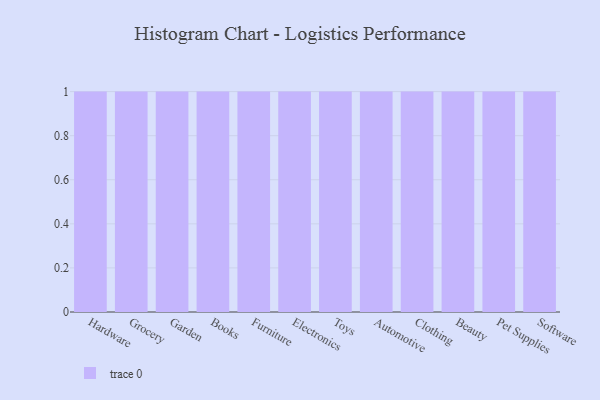
{"axis": {"x": "Category", "y": "Conversion Rate (%)"}, "legend": [""], "data": [{"x": "Hardware", "y": 7, "type": ""}, {"x": "Grocery", "y": 24, "type": ""}, {"x": "Garden", "y": 67, "type": ""}, {"x": "Books", "y": 96, "type": ""}, {"x": "Furniture", "y": 57, "type": ""}, {"x": "Electronics", "y": 91, "type": ""}, {"x": "Toys", "y": 43, "type": ""}, {"x": "Automotive", "y": 53, "type": ""}, {"x": "Clothing", "y": 40, "type": ""}, {"x": "Beauty", "y": 66, "type": ""}, {"x": "Pet Supplies", "y": 39, "type": ""}, {"x": "Software", "y": 100, "type": ""}]}